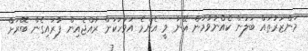
މަންޒަރުތައް ބަލަން ކެއްނުވުމުން އޭނާ ވީ އެންމެ އަވަހަކަށް ރާއްޖެއިން ފުރައިގެން ބޭރަށް